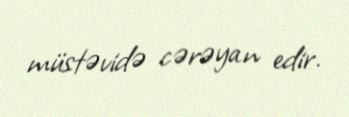
müstəvidə cərəyan edir.